Report of the Indian Hemp Drugs Commission, 1894-1895 - Volume II
Year: 1894
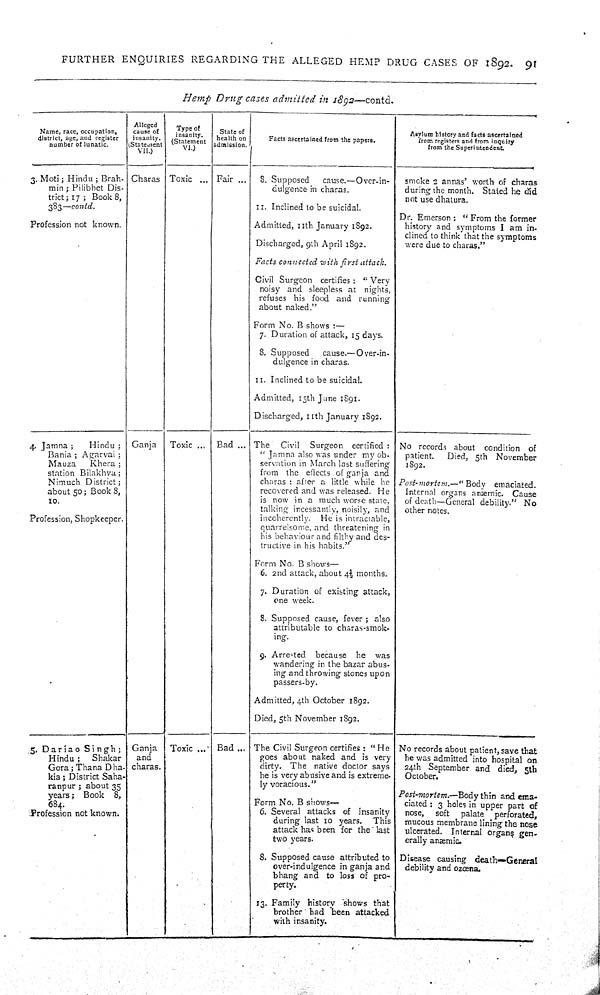
FURTHER ENQUIRIES REGARDING THE ALLEGED HEMP DRUG CASES OF 1892. 91
Hemp Drug cases admitted in 1892—contd.
Name, race, occupation,
district, age, and register
number of lunatic.
Alleged
cause of
insanity.
(Statement
VII.)
Type of
insanity.
(Statement
VI.)
State of
health on
admission.
Facts ascertained from the papers.
Asylum history and facts ascertained
from registers and from inquiry
from the Superintendent.
3. Moti; Hindu; Brah-
min; Pilibhet Dis-
trict; 17; Book 8,
383—contd.
Profession not known.
Charas Toxic
Fair
8. Supposed
cause.—Over-in-
dulgence in charas.
11. Inclined to be suicidal.
Admitted, 11th January 1892.
Discharged, 9th April 1892.
Facts connected with first attack.
Civil Surgeon certifies: "Very
noisy and sleepless at nights,
refuses his food and running
about naked."
Form No. B shows:—
7. Duration of attack, 15 days.
8. Supposed
cause.—Over-in-
dulgence in charas.
11. Inclined to be suicidal.
Admitted, 15th June 1891.
Discharged, 11th January 1892.
smoke 2 annas' worth of charas
during the month. Stated he did
not use dhatura.
Dr. Emerson: "From the former
history and symptoms I am in-
clined to think that the symptoms
were due to charas."
4. Jamna;
Hindu;
Bania; Agarval;
Mauza
Khera;
station Bilakhva;
Nimuch District;
about 50; Book 8,
10.
Profession, Shopkeeper.
Ganja
Toxic
Bad
The Civil Surgeon certified:
"Jamna also was under my ob-
servation in March last suffering
from the effects of ganja and
charas: after a little while he
recovered and was released. He
is now in a much worse state,
talking incessantly, noisily, and
incoherently. He is intractable,
quarrelsome, and threatening in
his behaviour and filthy and des-
tructive in his habits."
Form No. B shows—
6. 2nd attack, about 4½ months.
7. Duration of existing attack,
one week.
8. Supposed cause, fever; also
attributable to charas-smok-
ing.
9. Arrested because he was
wandering in the bazar abus-
ing and throwing stones upon
passers-by.
Admitted, 4th October 1892.
Died, 5th November 1892.
No records about condition of
patient.
Died, 5th November
1892.
Post-mortem.—" Body emaciated.
Internal organs anæmic. Cause
of death—General debility." No
other notes.
5. Dariao Singh;
Hindu;
Shakar
Gora; Thana Dha-
kia; District Saha-
ranpur; about 35
years; Book 8,
684.
Profession not known.
Ganja
and
charas.
Toxic
Bad
The Civil Surgeon certifies: "He
goes about naked and is very
dirty. The native doctor says
he is very abusive and is extreme-
ly voracious."
Form No. B shows—
6. Several attacks of insanity
during last 10 years. This
attack has been for the last
two years.
8. Supposed cause attributed to
over-indulgence in ganja and
bhang and to loss of pro-
perty.
13. Family history shows that
brother had been attacked
with insanity.
No records about patient, save that
he was admitted into hospital on
24th September and died, 5th
October.
Post-mortem.—Body thin and ema-
ciated: 3 holes in upper part of
nose, soft palate perforated,
mucous membrane lining the nose
ulcerated. Internal organs gen-
erally anæmic.
Disease causing death—General
debility and ozœna.